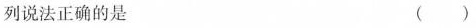
列说法正确的是 ( )